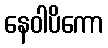
နေဝါပိကော